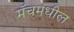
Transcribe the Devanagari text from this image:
मॅचमधील